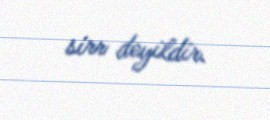
sirr deyildir.